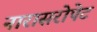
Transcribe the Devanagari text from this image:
नारासरोपेट